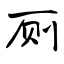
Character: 厕